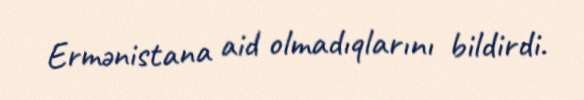
Ermənistana aid olmadıqlarını bildirdi.